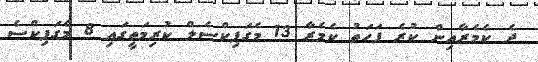
ދެ ކެމެރާއިން ކުރެ ފަހަތު ކެމެރާ 13 މެގަޕިކްސެލް ކުރިމަތީގައި 8 މެގަޕިކްސެ